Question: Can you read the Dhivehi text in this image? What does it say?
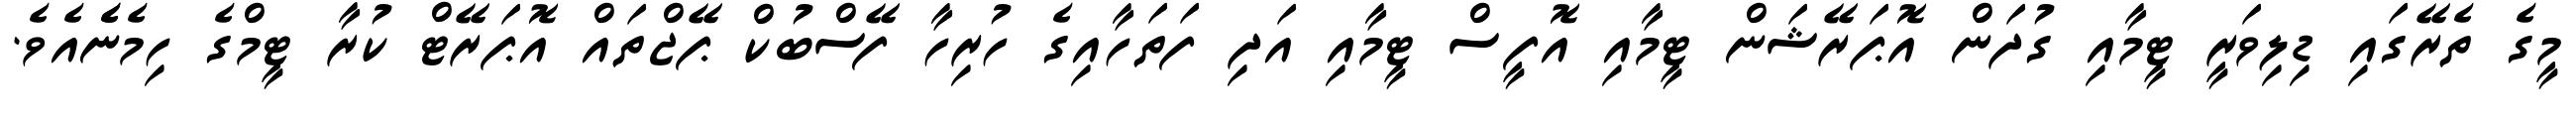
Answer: މީގެ ތެރޭގައި ޑިލިވަރީ ޓީމާއި ގުދަން އޮޕަރޭޝަން ޓީމާއި އޮފީސް ޓީމާއި އަދި ފަތަހާއިގެ ހުރިހާ ފޭސްބުކް ޕޭޖްތައް އޮޕަރޭޓް ކުރާ ޓީމްގެ ހިމެނެެއެވެ.